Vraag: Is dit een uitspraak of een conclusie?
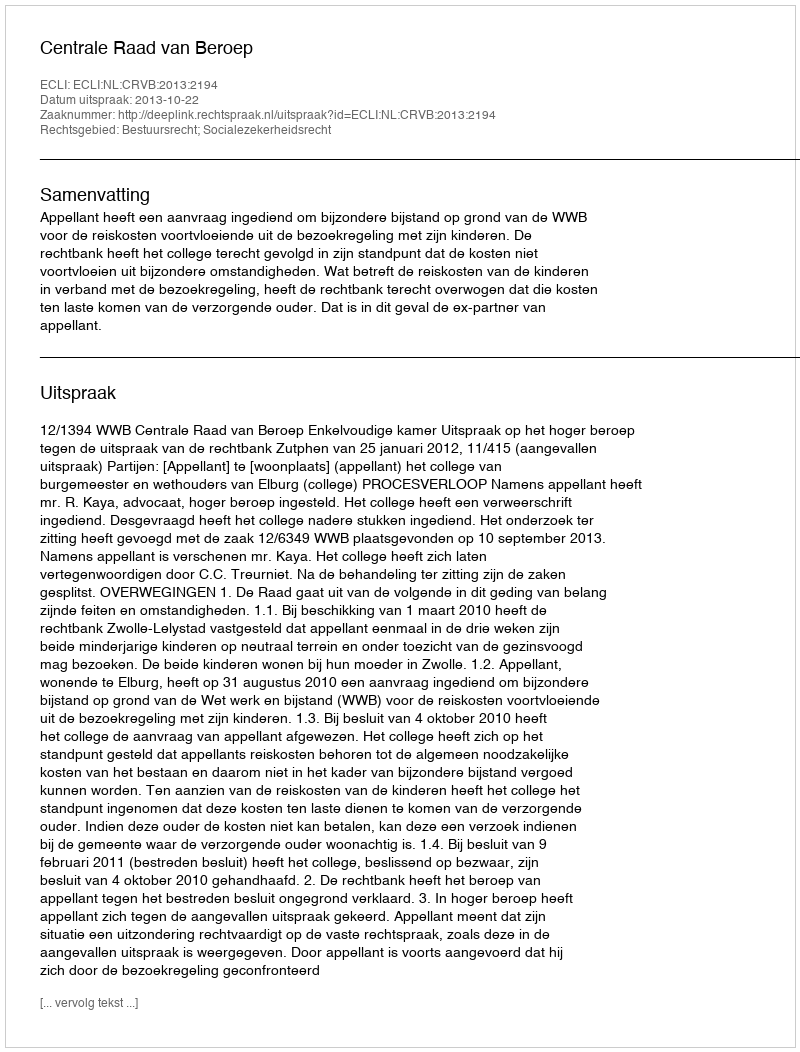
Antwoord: Uitspraak